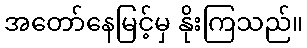
အတော်နေမြင့်မှ နိုးကြသည်။